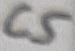
Text: C5